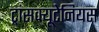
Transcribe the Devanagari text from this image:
ट्रांसक्यूटेनियस